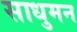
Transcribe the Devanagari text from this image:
साधुमन